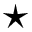
\star